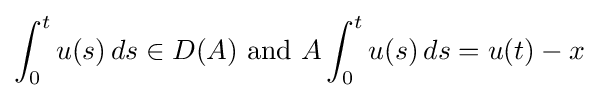
\int _{0}^{t}u(s)\,ds\in D(A){\text{ and }}A\int _{0}^{t}u(s)\,ds=u(t)-x